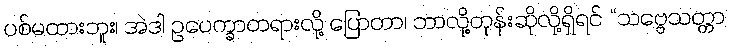
ပစ်မထားဘူး၊ အဲဒါ ဥပေက္ခာတရားလို့ ပြောတာ၊ ဘာလို့တုန်းဆိုလို့ရှိရင် “သဗ္ဗေသတ္တာ